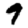
Digit: 9